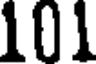
101